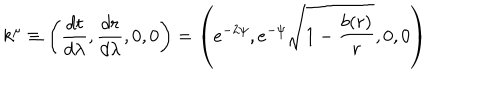
k ^ { \mu } \equiv \left( \frac { d t } { d \lambda } , \frac { d r } { d \lambda } , 0 , 0 \right) = \left( e ^ { - 2 \psi } , e ^ { - \psi } \sqrt { 1 - \frac { b ( r ) } { r } } , 0 , 0 \right)